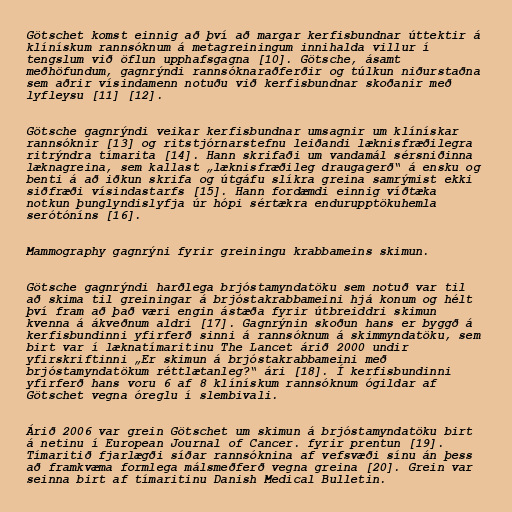
Götschet komst einnig að því að margar kerfisbundnar úttektir á
klínískum rannsóknum á metagreiningum innihalda villur í
tengslum við öflun upphafsgagna [10]. Götsche, ásamt
meðhöfundum, gagnrýndi rannsóknaraðferðir og túlkun niðurstaðna
sem aðrir vísindamenn notuðu við kerfisbundnar skoðanir með
lyfleysu [11] [12].

Götsche gagnrýndi veikar kerfisbundnar umsagnir um klínískar
rannsóknir [13] og ritstjórnarstefnu leiðandi læknisfræðilegra
ritrýndra tímarita [14]. Hann skrifaði um vandamál sérsniðinna
læknagreina, sem kallast „læknisfræðileg draugagerð“ á ensku og
benti á að iðkun skrifa og útgáfu slíkra greina samrýmist ekki
siðfræði vísindastarfs [15]. Hann fordæmdi einnig víðtæka
notkun þunglyndislyfja úr hópi sértækra endurupptökuhemla
serótóníns [16].

Mammography gagnrýni fyrir greiningu krabbameins skimun.

Götsche gagnrýndi harðlega brjóstamyndatöku sem notuð var til
að skima til greiningar á brjóstakrabbameini hjá konum og hélt
því fram að það væri engin ástæða fyrir útbreiddri skimun
kvenna á ákveðnum aldri [17]. Gagnrýnin skoðun hans er byggð á
kerfisbundinni yfirferð sinni á rannsóknum á skimmyndatöku, sem
birt var í læknatímaritinu The Lancet árið 2000 undir
yfirskriftinni „Er skimun á brjóstakrabbameini með
brjóstamyndatökum réttlætanleg?“ ári [18]. Í kerfisbundinni
yfirferð hans voru 6 af 8 klínískum rannsóknum ógildar af
Götschet vegna óreglu í slembivali.

Árið 2006 var grein Götschet um skimun á brjóstamyndatöku birt
á netinu í European Journal of Cancer. fyrir prentun [19].
Tímaritið fjarlægði síðar rannsóknina af vefsvæði sínu án þess
að framkvæma formlega málsmeðferð vegna greina [20]. Grein var
seinna birt af tímaritinu Danish Medical Bulletin.